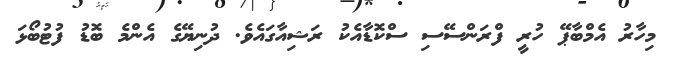
މިހާރު އެމްބާޕޭ ހުރީ ފްރަންސޭސި ސްކޮޑާއެކު ރަޝިއާގައެވެ. ދުނިޔޭގެ އެންމެ ބޮޑު ފުޓުބޯޅަ